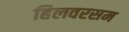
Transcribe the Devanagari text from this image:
हिलवरसम